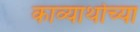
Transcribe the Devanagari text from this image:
काव्यार्थाच्या